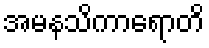
အမနသိကာရောတိ